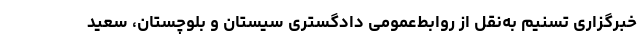
خبرگزاری تسنیم به‌نقل از روابط‌عمومی دادگستری سیستان و بلوچستان، سعید